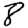
Digit: 8